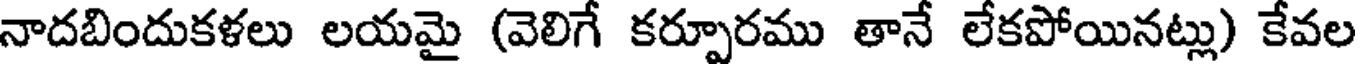
నాదబిందుకళలు లయమై (వెలిగే కర్పూరము తానే లేకపోయినట్లు) కేవల